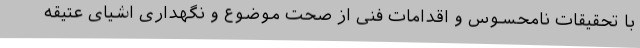
با تحقیقات نامحسوس و اقدامات فنی از صحت موضوع و نگهداری اشیای عتیقه